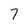
Character: 7